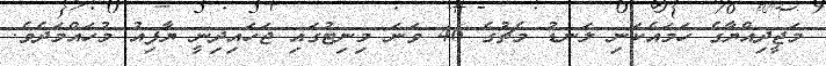
މަޖީދިއްޔާގެ ހަމައެކަނި ލަނޑު މެޗުގެ 46 ވަނަ މިނިޓުގައި ޖަހައިދިނީ ޔާފިއު މުހައްމަދެވެ.